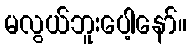
မလွယ်ဘူးပေါ့နော်။